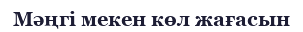
Мәңгі мекен көл жағасын